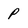
Character: P